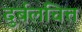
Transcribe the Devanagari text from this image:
दुर्बलचित्त